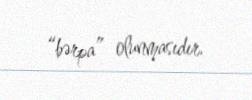
“bərpa” olunmasıdır.